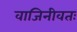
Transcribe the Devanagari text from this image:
वाजिनीवतः